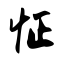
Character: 怔